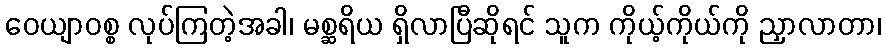
ဝေယျာဝစ္စ လုပ်ကြတဲ့အခါ၊ မစ္ဆရိယ ရှိလာပြီဆိုရင် သူက ကိုယ့်ကိုယ်ကို ညှာလာတာ၊